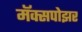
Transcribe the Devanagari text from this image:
मॅक्सपोझर